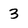
Character: 3